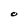
Character: O